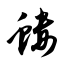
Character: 蝼